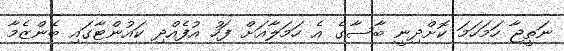
ނަތީޖާ ހަމަހަމަ ކޮށްދިނީ ބާސާގެ އެ ހަމަލާއަށް ފަހު އުފެއްދި ކައުންޓާގައި ބެންޒެމާ